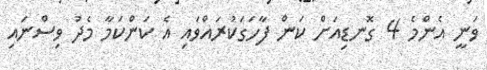
ވަނީ އެންމެ 4 ގޮނޑިއަށް ކަން ފާހަގަކުރައްވައި އެ ކަންކަމާ މެދު ވިސްނައި